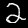
Label: 2